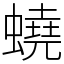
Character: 蟯